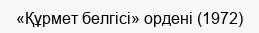
«Құрмет белгісі» ордені (1972)